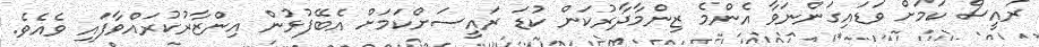
ރައީސް ކަމަށް ވަޑައިގަންނަވާ އެންމެ ޒިންމާދާރުކަން ކުޑަ ރައީސަށްކަމަށް އެބޭފުޅުން އިންޒާރުކުރައްވާފައި ވެއެވެ.